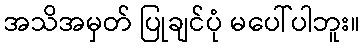
အသိအမှတ် ပြုချင်ပုံ မပေါ်ပါဘူး။